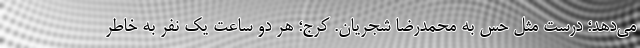
می‌دهد؛ درست مثل حس به محمدرضا شجریان. کرج؛ هر دو ساعت یک نفر به خاطر